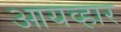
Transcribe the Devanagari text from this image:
आयव्हार